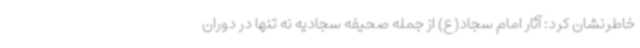
خاطرنشان کرد: آثار امام سجاد(ع) از جمله صحیفه سجادیه نه تنها در دوران